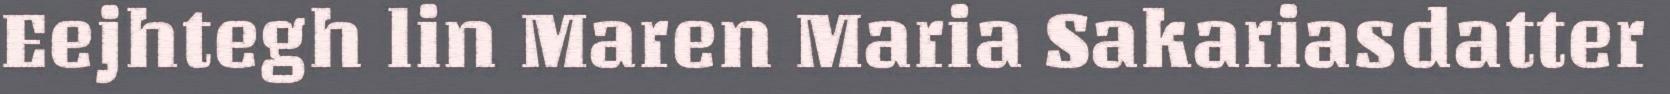
Eejhtegh lin Maren Maria Sakariasdatter